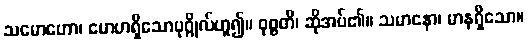
သမောဟော၊ မောဟရှိသောပုဂ္ဂိုလ်ဟူ၍။ ဝုစ္စတိ၊ ဆိုအပ်၏။ သမာနော၊ မာနရှိသော။